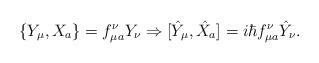
LaTeX: \begin{align*}\{Y_{\mu},X_{a}\}=f_{\mu a}^{\nu}Y_{\nu}\Rightarrow[\hat{Y}_{\mu},\hat{X}_{a}]=i\hbar f_{\mu a}^{\nu}\hat{Y}_{\nu}.\end{align*}